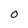
Character: o